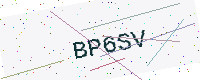
Text: BP6SV